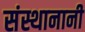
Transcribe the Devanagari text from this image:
संस्थानानी